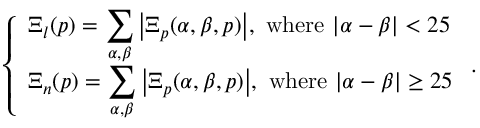
\left\{ \begin{array} { l l } { \Xi _ { l } ( p ) = \displaystyle \sum _ { \alpha , \beta } \big \vert \Xi _ { p } ( \alpha , \beta , p ) \big \vert , \mathrm { ~ w h e r e ~ } \vert \alpha - \beta \vert < 2 5 } \\ { \Xi _ { n } ( p ) = \displaystyle \sum _ { \alpha , \beta } \big \vert \Xi _ { p } ( \alpha , \beta , p ) \big \vert , \mathrm { ~ w h e r e ~ } \vert \alpha - \beta \vert \ge 2 5 } \end{array} \right. .